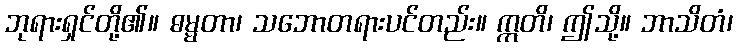
ဘုရားရှင်တို့၏။ ဓမ္မတာ၊ သဘောတရားပင်တည်း။ ဣတိ၊ ဤသို့။ ဘာသိတံ၊